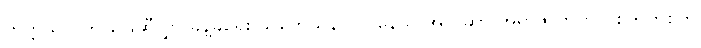
တက္ကသိုလ်က မြေဆီလွှာ ခန့်ခွဲရေး သုတေသန လုပ်နေသူ အဲလ်ဆာ အရာဇိုလာ ဗက်စကွက်စ်က